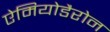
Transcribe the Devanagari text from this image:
ऐमियोडैरोन